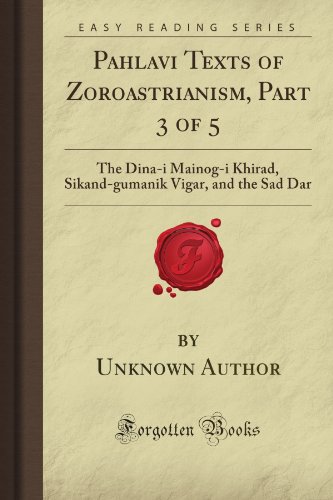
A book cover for Pahlavi Texts of Zoroastrianism, Part 3 of 5: The Dina-i Mainog-i Khirad, Sikand-gumanik Vigar, and the Sad Dar (Forgotten Books); Unknown Firminger Author; Religion & Spirituality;